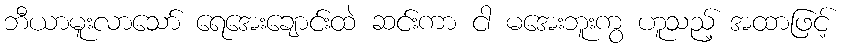
ဘီယာမူးလာသော် ရေအေးချောင်းထဲ ဆင်းကာ ငါ မအေးဘူးကွ ဟူသည့် အထာဖြင့်